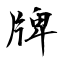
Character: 牌